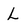
Character: l